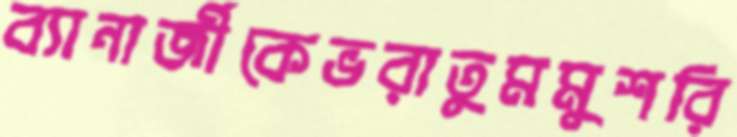
ব্যানার্জীকেভরাতুমমুশরি